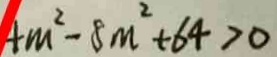
+ m ^ { 2 } - 8 m ^ { 2 } + 6 4 > 0